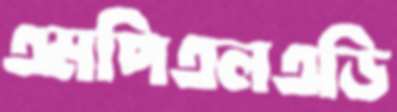
এমপিএলএডি